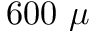
6 0 0 ~ \mu